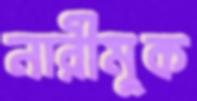
নারীমুক